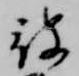
被